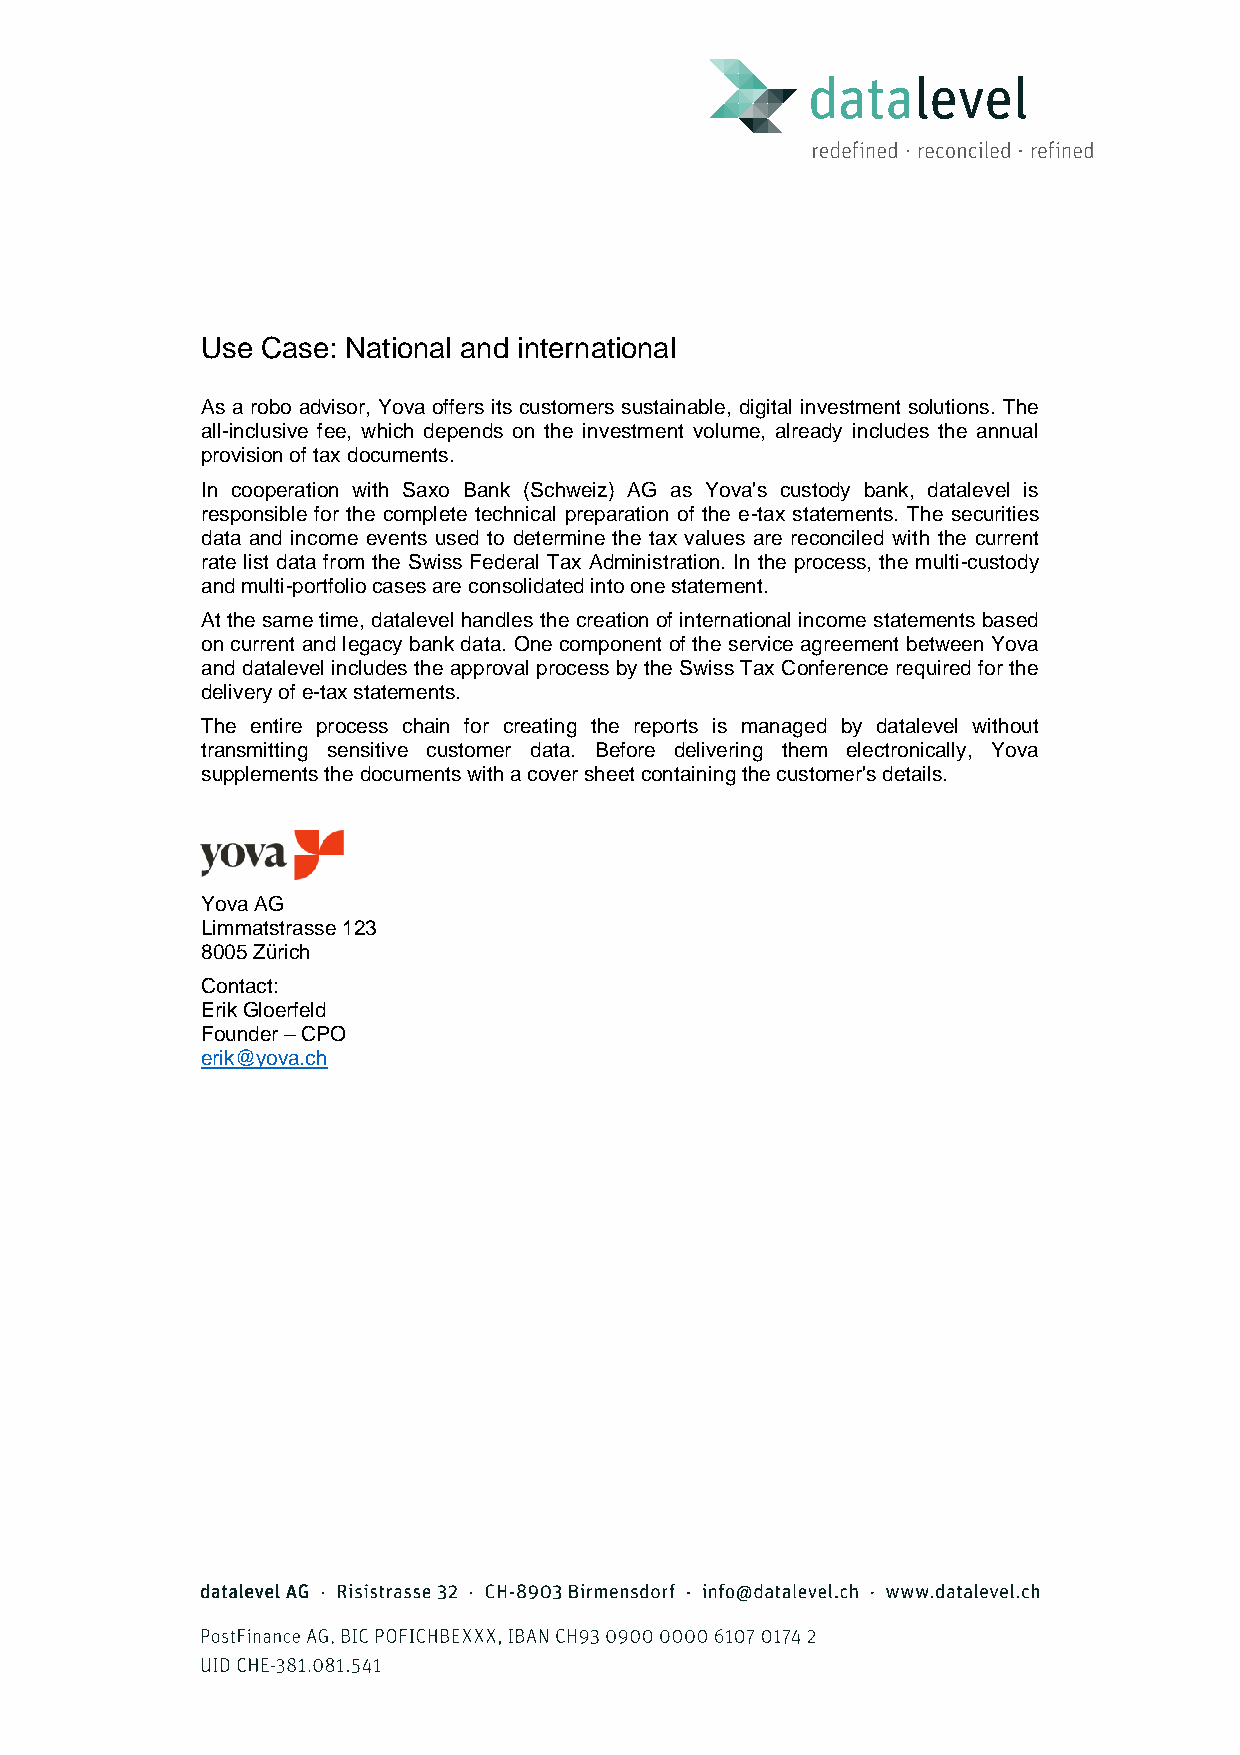
Use Case: National and international
 As a robo advisor, Yova offers its customers sustainable, digital investment solutions. The
 all-inclusive fee, which depends on the investment volume, already includes the annual
 provision of tax documents.
 In cooperation with Saxo Bank (Schweiz) AG as Yova's custody bank, datalevel is
 responsible for the complete technical preparation of the e-tax statements. The securities
 data and income events used to determine the tax values are reconciled with the current
 rate list data from the Swiss Federal Tax Administration. In the process, the multi-custody
 and multi-portfolio cases are consolidated into one statement.
 At the same time, datalevel handles the creation of international income statements based
 on current and legacy bank data. One component of the service agreement between Yova
 and datalevel includes the approval process by the Swiss Tax Conference required for the
 delivery of e-tax statements.
 The entire process chain for creating the reports is managed by datalevel without
 transmitting sensitive customer data. Before delivering them electronically, Yova
 supplements the documents with a cover sheet containing the customer's details.
 Yova AG
 Limmatstrasse 123
 8005 Zürich
 Contact:
 Erik Gloerfeld
 Founder – CPO
 erik@yova.ch